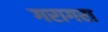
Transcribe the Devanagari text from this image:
गरागरा